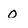
Character: O